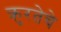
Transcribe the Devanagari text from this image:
क्रुरतेचे